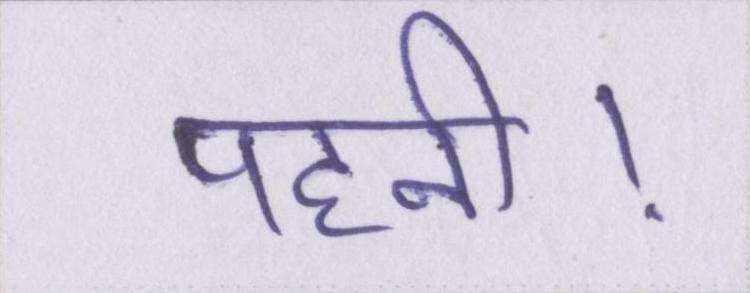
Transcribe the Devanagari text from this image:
पहनी।